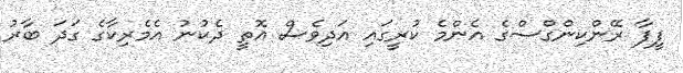
ފީފާ ރޭންކިންގްސްގެ އެންމެ ކުރީގައި އަދިވެސް އޮތީ ދެކުނު އެމެރިކާގެ ގަދަ ބާރު